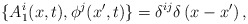
\begin{align*}\{ A_{1}^{i}(x,t), \phi^{j}(x',t) \} = \delta^{ij}\delta\left(x-x'\right),\end{align*}